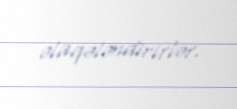
əlaqələndirirlər.